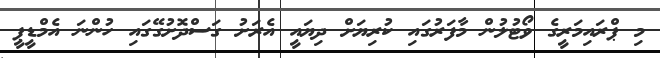
މި ޕްރައިމަރީގެ ވޯޓުލުން މާފަރުގައި ކުރިޔަށް ދިޔައީ އެރަށު ގަސްދޮށުގޭގައި ހުންނަ އެމްޑީޕީ